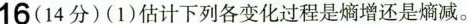
16(14分)(1)估计下列各变化过程是熵增还是熵减。